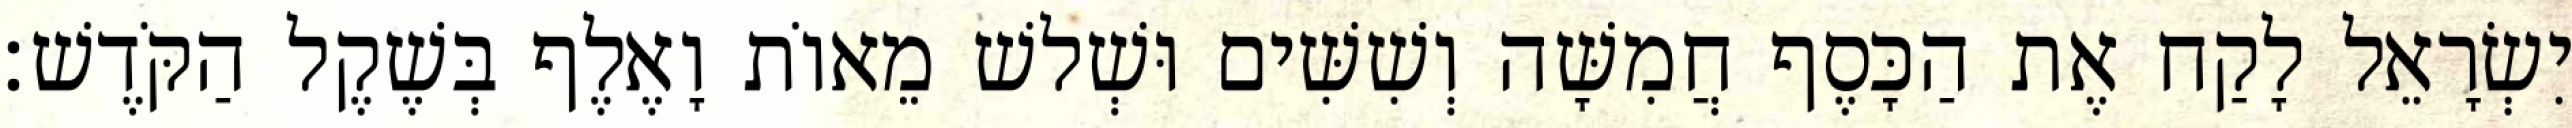
יִשְׂרָאֵל לָקַח אֶת הַכָּסֶף חֲמִשָּׁה וְשִׁשִּׁים וּשְׁלשׁ מֵאוֹת וָאֶלֶף בְּשֶׁקֶל הַקֹּדֶשׁ׃